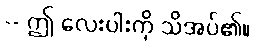
-- ဤ လေးပါးကို သိအပ်၏။